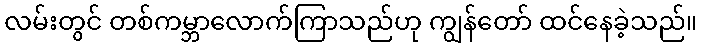
လမ်းတွင် တစ်ကမ္ဘာလောက်ကြာသည်ဟု ကျွန်တော် ထင်နေခဲ့သည်။